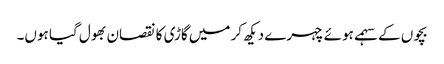
بچوں کے سہمے ہوئے چہرے دیکھ کر میں گاڑی کا نقصان بھول گیا ہوں۔